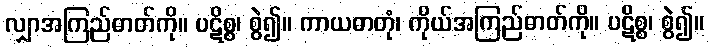
လျှာအကြည်ဓာတ်ကို။ ပဋိစ္စ၊ စွဲ၍။ ကာယဓာတုံ၊ ကိုယ်အကြည်ဓာတ်ကို။ ပဋိစ္စ၊ စွဲ၍။